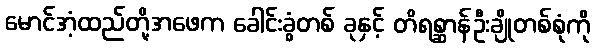
မောင်အံ့ထည်တို့အဖေက ခေါင်းခွံတစ် ခုနှင့် တိရစ္ဆာန်ဦးချိုတစ်စုံကို